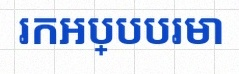
រកអប្បបរមា